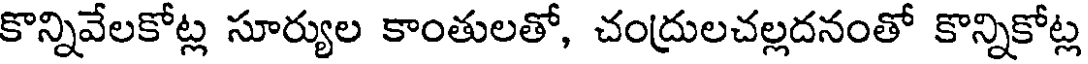
కొన్నివేలకోట్ల సూర్యుల కాంతులతో, చంద్రులచల్లదనంతో కొన్నికోట్ల